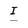
Character: I